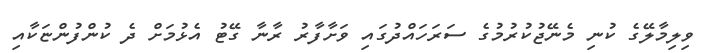
ވިލިމާލޭގެ ކުނި މެނޭޖުކުރުމުގެ ސަރަހައްދުގައި ވަށާފާރު ރާނާ ގޭޓު އެޅުމަށް ދެ ކުންފުންޏަކާއި